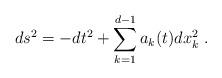
LaTeX: \begin{align*}ds^{2} = - dt^{2} + \sum_{k=1}^{d-1} a_{k}(t) dx^{2}_{k}\ .\end{align*}